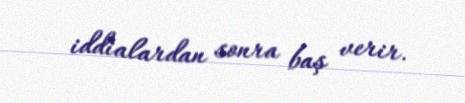
iddialardan sonra baş verir.